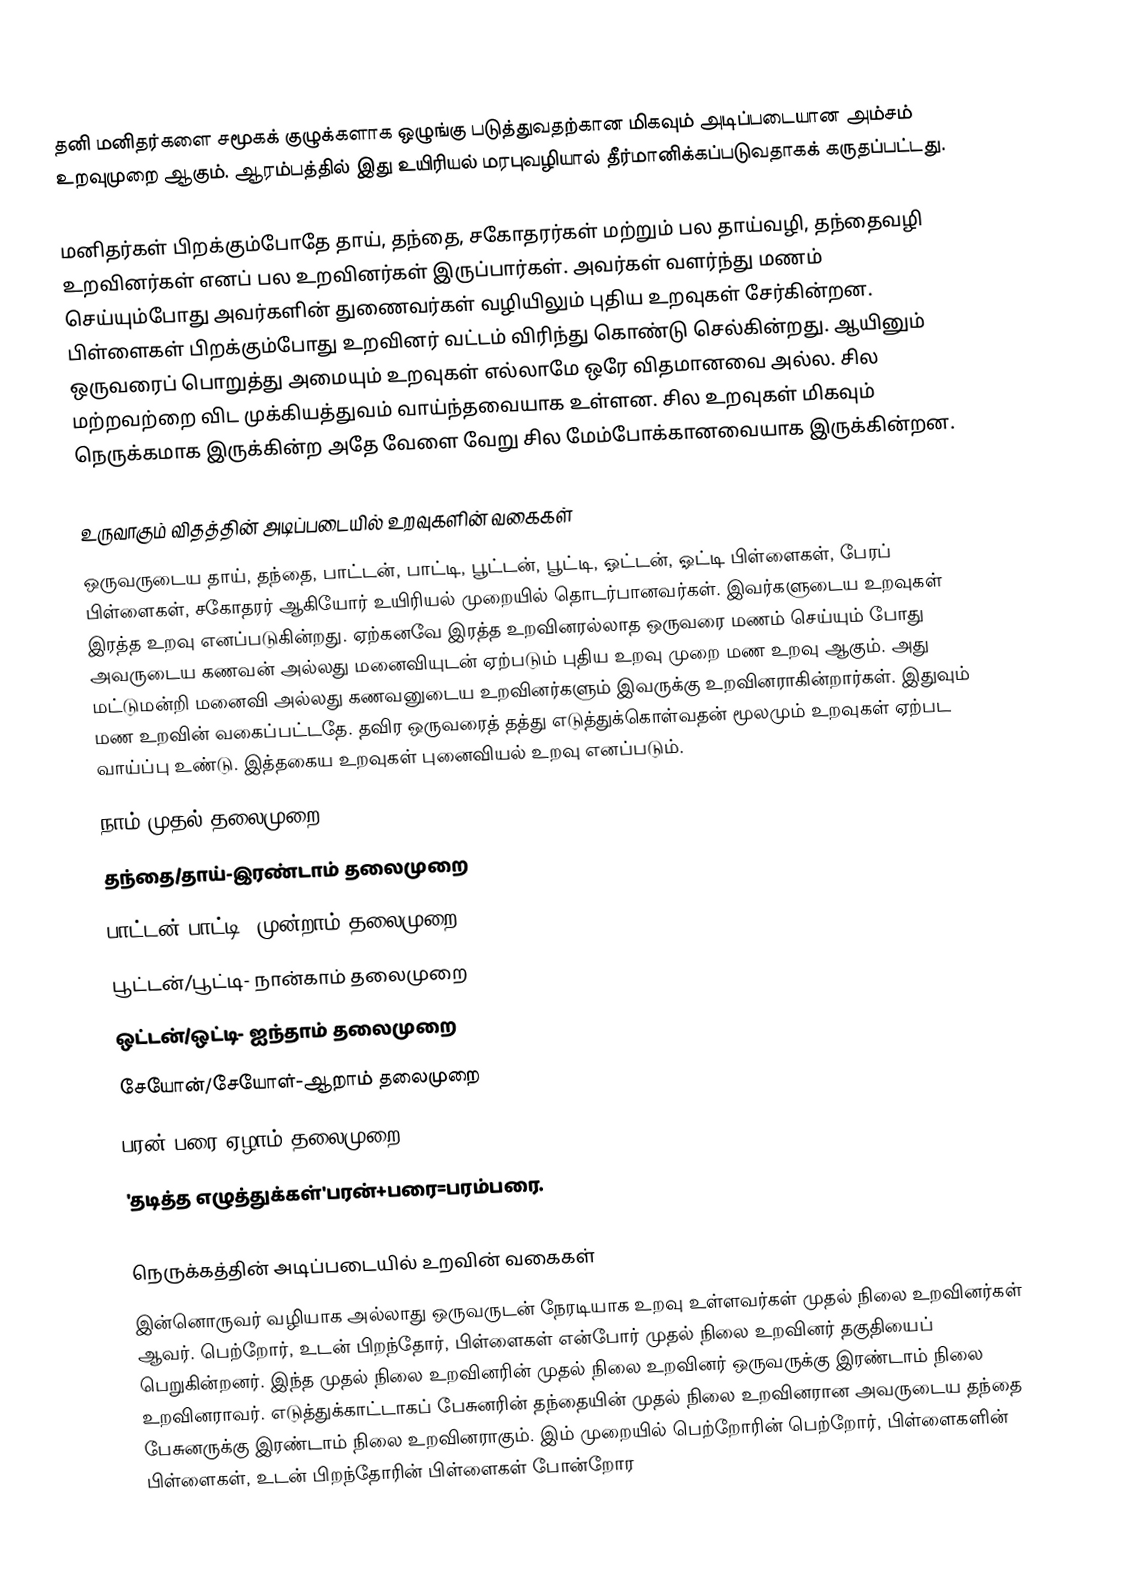
தனி மனிதர்களை சமூகக் குழுக்களாக ஒழுங்கு படுத்துவதற்கான மிகவும் அடிப்படையான அம்சம் உறவுமுறை ஆகும். ஆரம்பத்தில் இது உயிரியல் மரபுவழியால் தீர்மானிக்கப்படுவதாகக் கருதப்பட்டது.

மனிதர்கள் பிறக்கும்போதே தாய், தந்தை, சகோதரர்கள் மற்றும் பல தாய்வழி, தந்தைவழி உறவினர்கள் எனப் பல உறவினர்கள் இருப்பார்கள். அவர்கள் வளர்ந்து மணம் செய்யும்போது அவர்களின் துணைவர்கள் வழியிலும் புதிய உறவுகள் சேர்கின்றன. பிள்ளைகள் பிறக்கும்போது உறவினர் வட்டம் விரிந்து கொண்டு செல்கின்றது. ஆயினும் ஒருவரைப் பொறுத்து அமையும் உறவுகள் எல்லாமே ஒரே விதமானவை அல்ல. சில மற்றவற்றை விட முக்கியத்துவம் வாய்ந்தவையாக உள்ளன. சில உறவுகள் மிகவும் நெருக்கமாக இருக்கின்ற அதே வேளை வேறு சில மேம்போக்கானவையாக இருக்கின்றன.

உருவாகும் விதத்தின் அடிப்படையில் உறவுகளின் வகைகள்
ஒருவருடைய தாய், தந்தை, பாட்டன், பாட்டி, பூட்டன், பூட்டி, ஓட்டன், ஓட்டி பிள்ளைகள், பேரப் பிள்ளைகள், சகோதரர் ஆகியோர் உயிரியல் முறையில் தொடர்பானவர்கள். இவர்களுடைய உறவுகள் இரத்த உறவு எனப்படுகின்றது. ஏற்கனவே இரத்த உறவினரல்லாத ஒருவரை மணம் செய்யும் போது அவருடைய கணவன் அல்லது மனைவியுடன் ஏற்படும் புதிய உறவு முறை மண உறவு ஆகும். அது மட்டுமன்றி மனைவி அல்லது கணவனுடைய உறவினர்களும் இவருக்கு உறவினராகின்றார்கள். இதுவும் மண உறவின் வகைப்பட்டதே. தவிர ஒருவரைத் தத்து எடுத்துக்கொள்வதன் மூலமும் உறவுகள் ஏற்பட வாய்ப்பு உண்டு. இத்தகைய உறவுகள் புனைவியல் உறவு எனப்படும்.
நாம் முதல் தலைமுறை
தந்தை/தாய்-இரண்டாம் தலைமுறை
பாட்டன்/பாட்டி- முன்றாம் தலைமுறை
பூட்டன்/பூட்டி- நான்காம் தலைமுறை
ஒட்டன்/ஒட்டி- ஐந்தாம் தலைமுறை
சேயோன்/சேயோள்-ஆறாம் தலைமுறை
பரன்/பரை-ஏழாம் தலைமுறை
'தடித்த எழுத்துக்கள்'பரன்+பரை=பரம்பரை.

நெருக்கத்தின் அடிப்படையில் உறவின் வகைகள்
இன்னொருவர் வழியாக அல்லாது ஒருவருடன் நேரடியாக உறவு உள்ளவர்கள் முதல் நிலை உறவினர்கள் ஆவர். பெற்றோர், உடன் பிறந்தோர், பிள்ளைகள் என்போர் முதல் நிலை உறவினர் தகுதியைப் பெறுகின்றனர். இந்த முதல் நிலை உறவினரின் முதல் நிலை உறவினர் ஒருவருக்கு இரண்டாம் நிலை உறவினராவர். எடுத்துக்காட்டாகப் பேசுனரின் தந்தையின் முதல் நிலை உறவினரான அவருடைய தந்தை பேசுனருக்கு இரண்டாம் நிலை உறவினராகும். இம் முறையில் பெற்றோரின் பெற்றோர், பிள்ளைகளின் பிள்ளைகள், உடன் பிறந்தோரின் பிள்ளைகள் போன்றோர